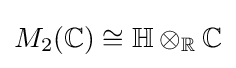
M_{2}(\mathbb {C} )\cong \mathbb {H} \otimes _{\mathbb {R} }\mathbb {C}